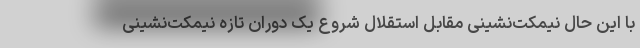
با این حال نیمکت‌نشینی مقابل استقلال شروع یک دوران تازه نیمکت‌نشینی